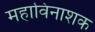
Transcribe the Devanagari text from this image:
महाविनाशक